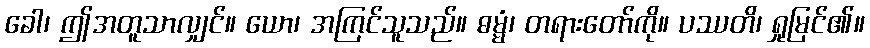
ခေါ၊ ဤအတူသာလျှင်။ ယော၊ အကြင်သူသည်။ ဓမ္မံ၊ တရားတော်ကို။ ပဿတိ၊ ရှုမြင်၏။